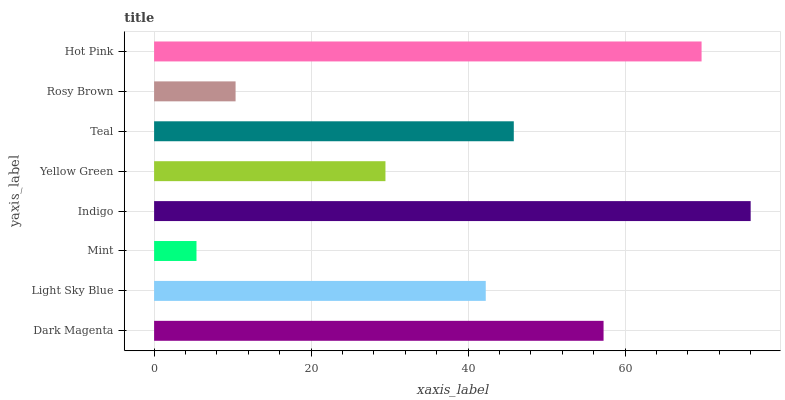
| yaxis_label | bars |
 | --- | --- |
 | Dark Magenta | 57.2 |
 | Light Sky Blue | 42.2 |
 | Mint | 5.4 |
 | Indigo | 76 |
 | Yellow Green | 29.5 |
 | Teal | 45.8 |
 | Rosy Brown | 10.4 |
 | Hot Pink | 69.7 |